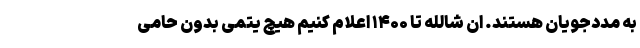
به مددجویان هستند. ان شالله تا ۱۴۰۰ اعلام کنیم هیچ یتمی بدون حامی